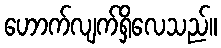
ဟောက်လျက်ရှိလေသည်။